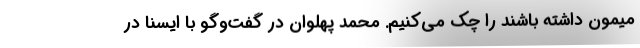
میمون داشته باشند را چک می‌کنیم. محمد پهلوان در گفت‌وگو با ایسنا در